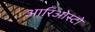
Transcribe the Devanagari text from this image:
आरिओस्टो